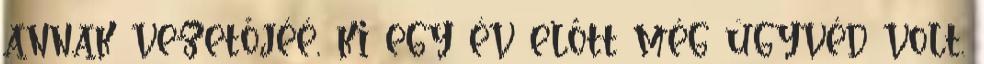
annak vezetőjéé, ki egy év előtt még ügyvéd volt.